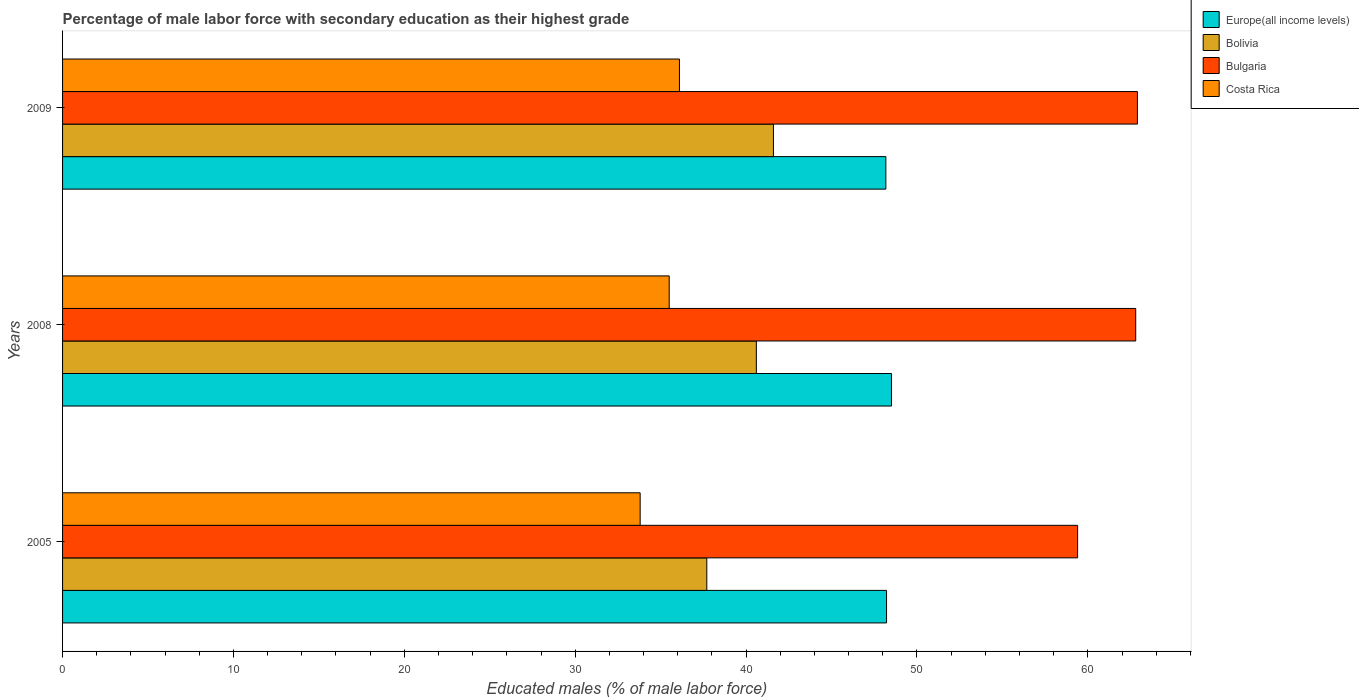
| Years | Europe(all income levels) | Bolivia | Bulgaria | Costa Rica |
 | --- | --- | --- | --- | --- |
 | 2005 | 48.2 | 37.7 | 59.4 | 33.8 |
 | 2008 | 48.5 | 40.6 | 62.8 | 35.5 |
 | 2009 | 48.2 | 41.6 | 62.9 | 36.1 |